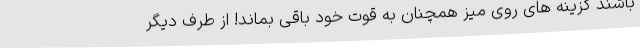
باشند گزینه های روی میز همچنان به قوت خود باقی بماند! از طرف دیگر